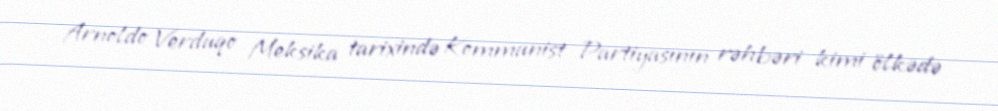
Arnoldo Verduqo Meksika tarixində Kommunist Partiyasının rəhbəri kimi ölkədə